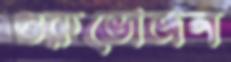
গুরুভোজন